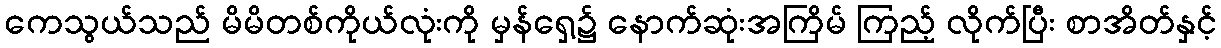
ကေသွယ်သည် မိမိတစ်ကိုယ်လုံးကို မှန်ရှေ့၌ နောက်ဆုံးအကြိမ် ကြည့် လိုက်ပြီး စာအိတ်နှင့်